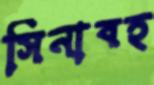
সিনাবহ